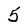
Character: 5